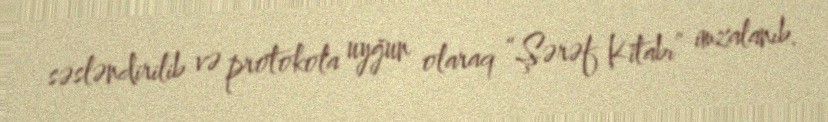
səsləndirilib və protokola uyğun olaraq “Şərəf Kitabı” imzalanıb.